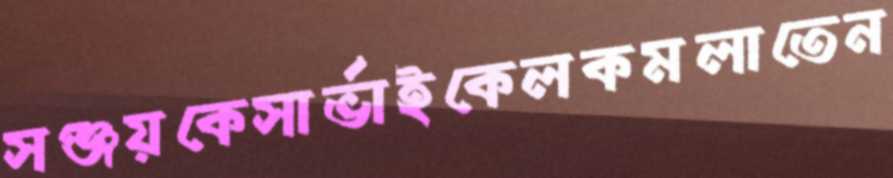
সঞ্জয়কেসার্ভাইকেলকমলাতেন